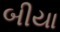
બીયા